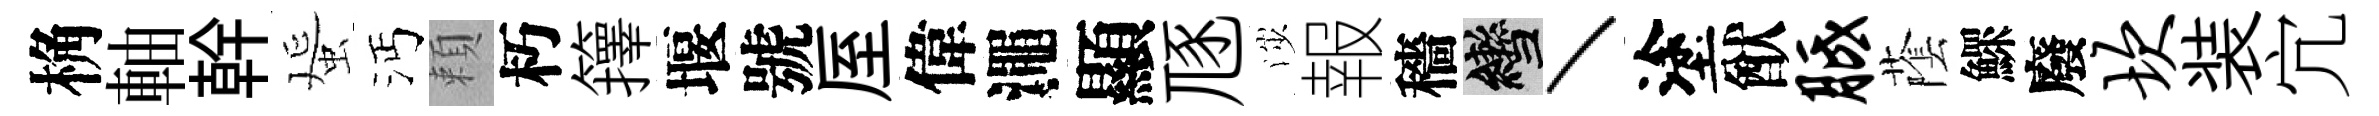
桷軸幹蜑沔頼朽籜堰號厔偉澠顯豗渉報穡轡丶塗猷胝䕃鰥廢坎装宂